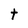
Character: t